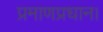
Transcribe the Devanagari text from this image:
प्रमाणप्रधान।